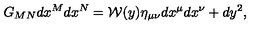
G _ { M N } d x ^ { M } d x ^ { N } = { \cal W } ( y ) \eta _ { \mu \nu } d x ^ { \mu } d x ^ { \nu } + d y ^ { 2 } ,